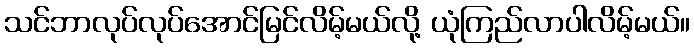
သင်ဘာလုပ်လုပ်အောင်မြင်လိမ့်မယ်လို့ ယုံကြည်လာပါလိမ့်မယ်။